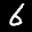
Label: 6